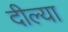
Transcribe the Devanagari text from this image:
दील्या